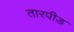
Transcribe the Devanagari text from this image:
तारपीड